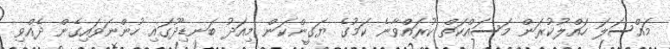
މައްސަލަ ހައްލުކުރަން މަސައްކަތް ކުރައްވާނެ ކަމުގެ ޔަގީންކަން މިއަދު ބަނޑިދޫގައި ހުންނަވައިގެން ދެއްވި